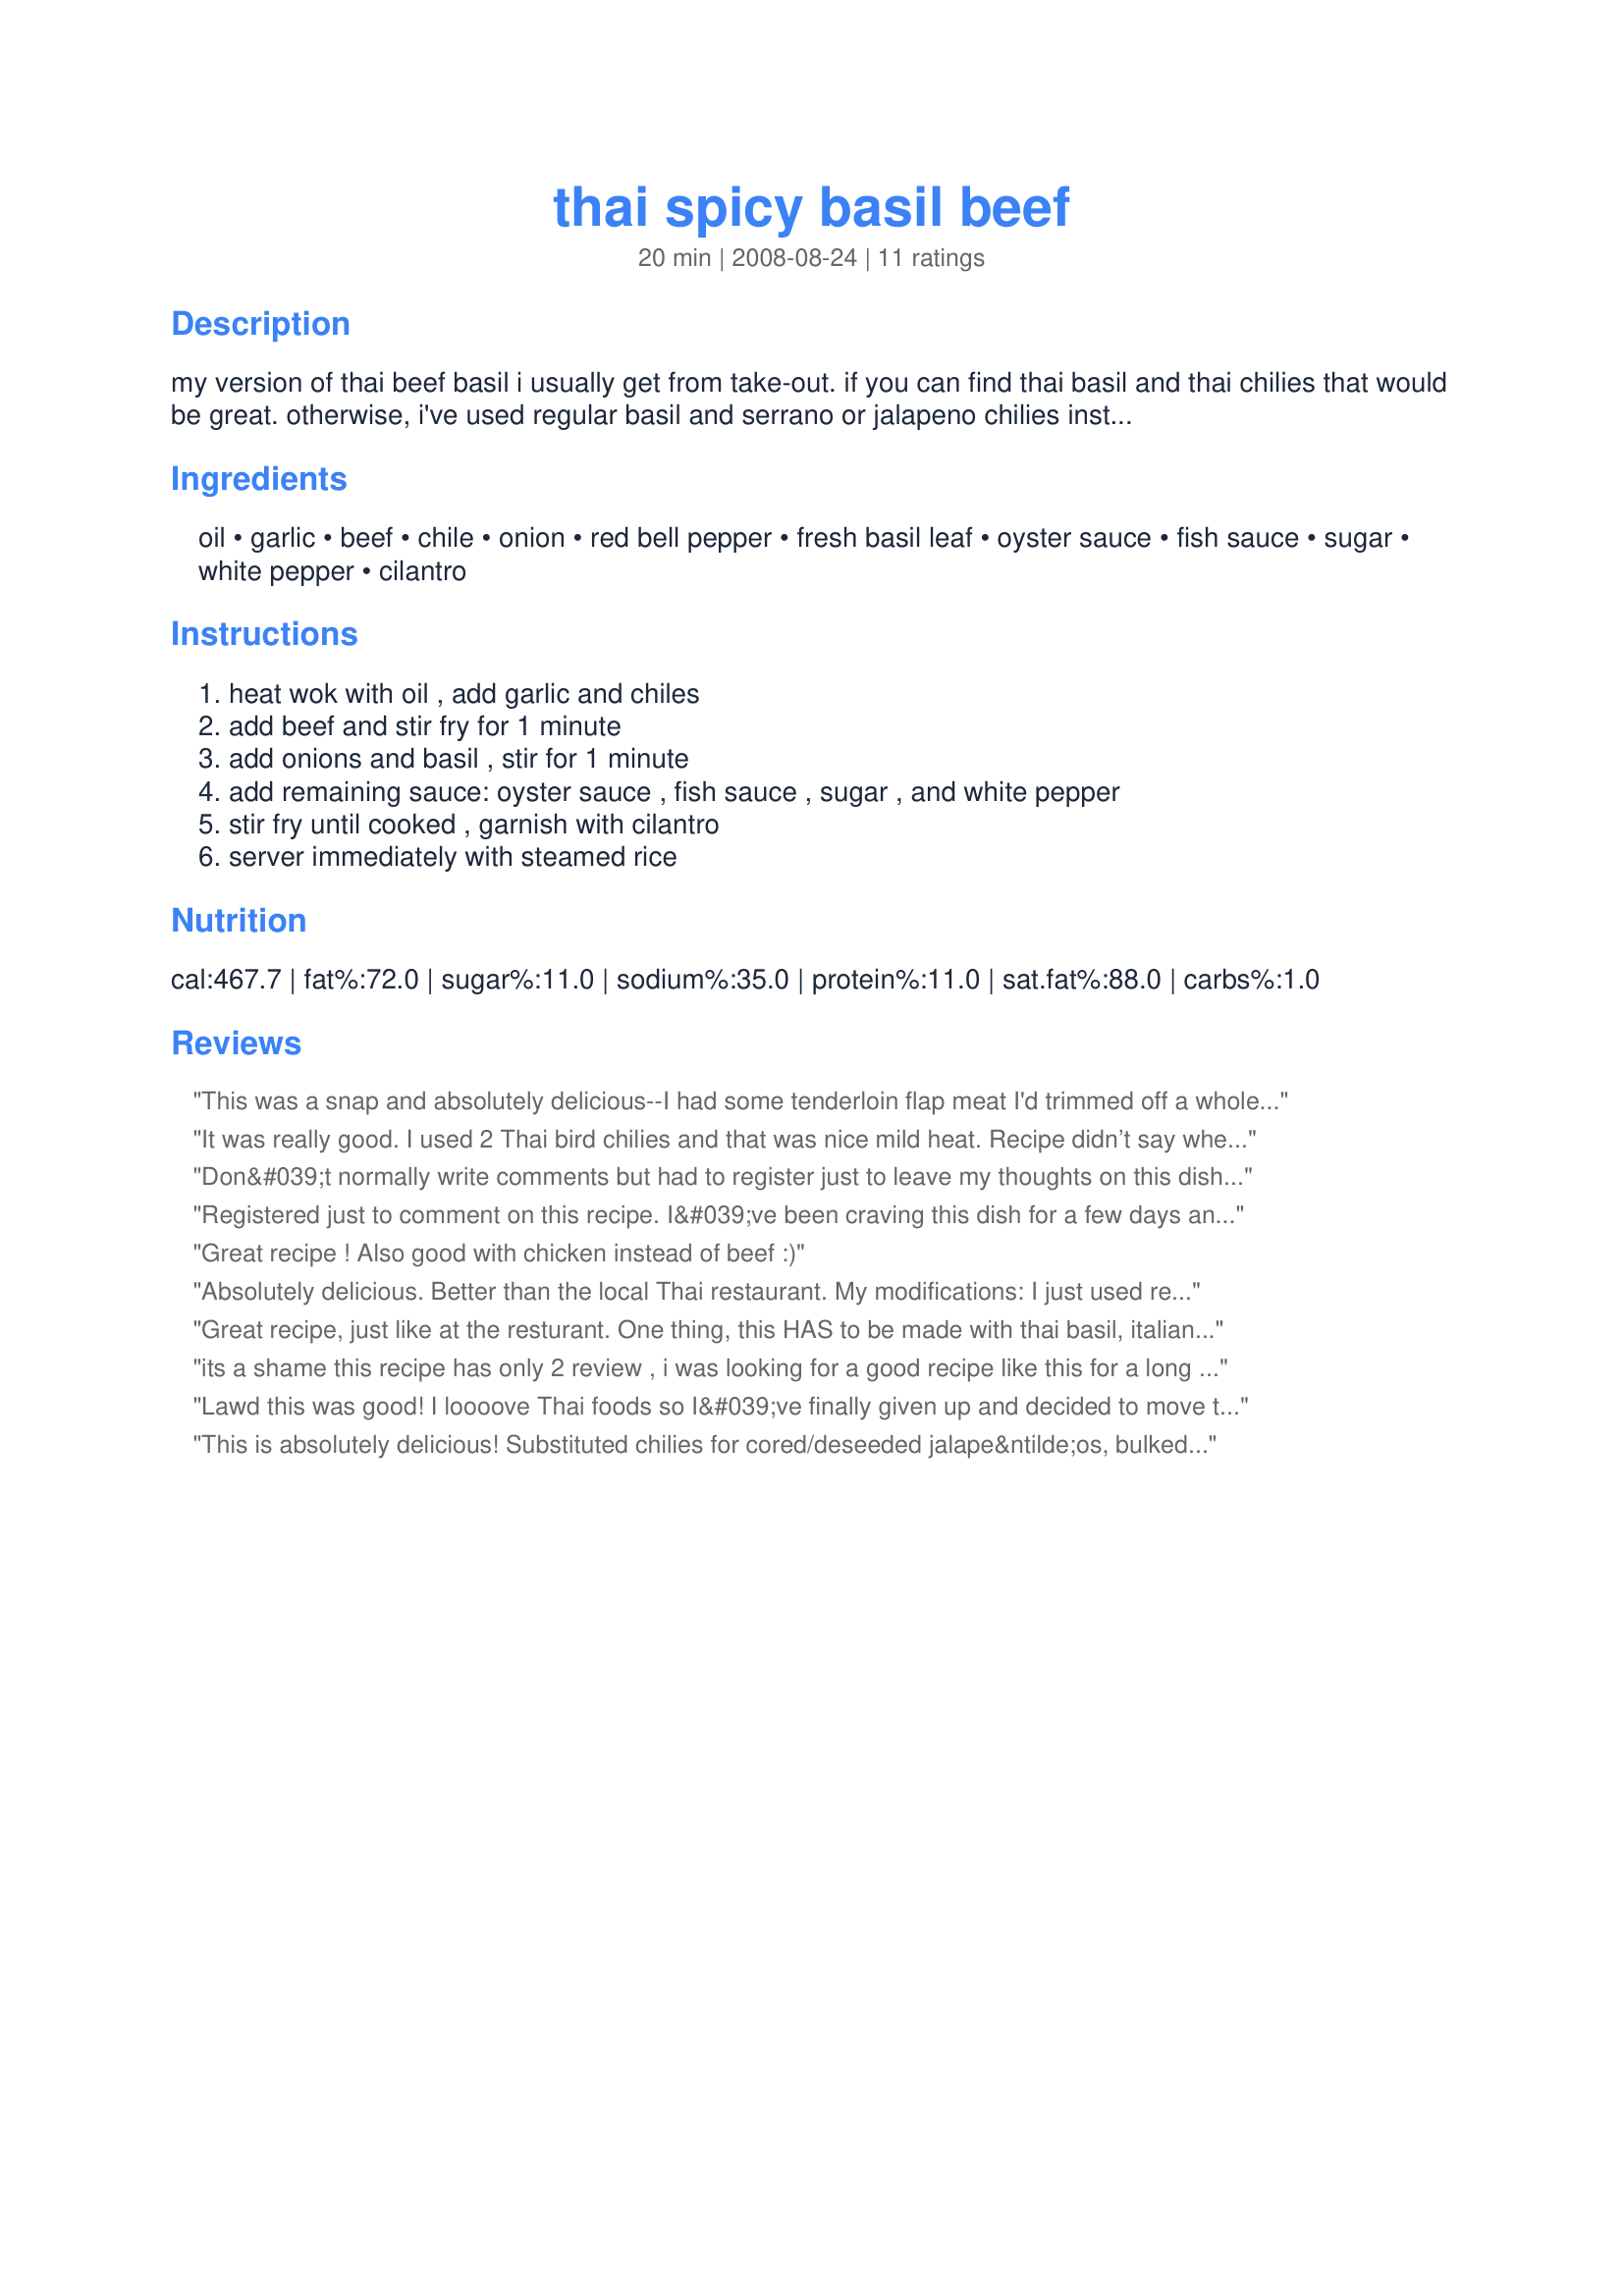
thai spicy basil beef
Preparation time: 20 minutes

my version of thai beef basil i usually get from take-out. if you can find thai basil and thai chilies that would be great. otherwise, i've used regular basil and serrano or jalapeno chilies instead. i freeze the beef for 10 minutes to make it easier to thinly slice.

Ingredients:
oil, garlic, beef, chile, onion, red bell pepper, fresh basil leaf, oyster sauce, fish sauce, sugar, white pepper, cilantro

Steps:
heat wok with oil , add garlic and chiles, add beef and stir fry for 1 minute, add onions and basil , stir for 1 minute, add remaining sauce: oyster sauce , fish sauce , sugar , and white pepper, stir fry until cooked , garnish with cilantro, server immediately with steamed rice

Reviews:
This was a snap and absolutely delicious--I had some tenderloin flap meat I'd trimmed off a whole tenderloin and used it..This recipe will be a staple--quick, delicious and easy.
It was really good. I used 2 Thai bird chilies and that was nice mild heat. Recipe didn’t say when to add bell peppers so I added it at the same time as onions. I also used ground beef cause I had some available. I would use a little less fish sauce and maybe add a squeeze of lime juice next time. Really good as lettuce wrap filling. It was a quick recipe. Great for weeknight meal.
Don&#039;t normally write comments but had to register just to leave my thoughts on this dish. I crave this now and then and have to drive across town to my fav Thai restuarant but not anymore!!! I made this recipe exactly as written and I was floored how well it came out. Garnished with my homemade Thai fish sauce and some ground chili pepper and OMG. Wouldn&#039;t change a thing. Easy too. Can&#039;t thank you enough!
Registered just to comment on this recipe. I&#039;ve been craving this dish for a few days and finally tracked down a store near by that sells Thai Basil and Thai Chili Peppers. I&#039;ve made this twice so far, the first time following the recipe exactly and it came out really good, though a tad salty for me. The second time I added 1 tablespoon of sugar rather than 1/2 a tablespoon and that made it perfect for me. Thanks for the recipe!
Great recipe ! Also good with chicken instead of beef :)
Absolutely delicious. Better than the local Thai restaurant. My modifications: I just used regular basil and Serrano chili peppers. I omitted the oyster sauce but added 1 Tbsp gluten free soy sauce. I also added 1 tsp ginger, which was very nice. And finally, I added an extra 1/2 cup of basil just before it was done, as it didn&#039;t look like quite enough for my tastes.

This is going to become a regular at my house now!

This is going to become a regular
Great recipe, just like at the resturant. One thing, this HAS to be made with thai basil, italian basil does not even closely resemble thai. Also, watch the fish sauce, will make it very salty
its a shame this recipe has only 2 review , i was looking for a good recipe like this for a long time and its exacly what i wanned ,thanks alot
Lawd this was good! I loooove Thai foods so I&#039;ve finally given up and decided to move to Thailand, I&#039;m not kidding. On my honor.
This is absolutely delicious! Substituted chilies for cored/deseeded jalape&ntilde;os, bulked up a little more on the vegetables. So, so yummy. Give it a try!
I used thai basil and thai chilies. Thanks for sharing it came out delicious.
